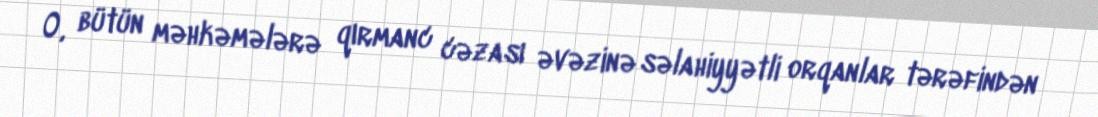
O, bütün məhkəmələrə qırmanc cəzası əvəzinə səlahiyyətli orqanlar tərəfindən